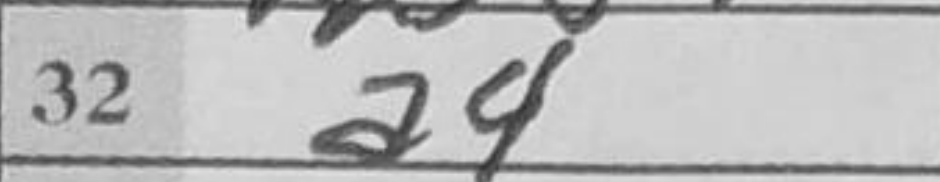
Transcription: a4